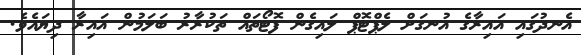
އެނދުގައި އައިރާގެ އުނގަށް ލެޕްޓޮޕް ލައިގެން ފޮޓޯތައް ތަކުރާރު ބަލަމުން އައިރާ ދިޔައެވެ.